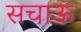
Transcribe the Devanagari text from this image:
सचाऊ